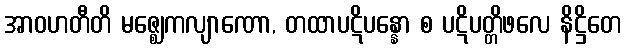
အာဝဟတီတိ မဇ္ဈေကလျာဏော, တထာပဋိပန္နော စ ပဋိပတ္တိဖလေ နိဋ္ဌိတေ